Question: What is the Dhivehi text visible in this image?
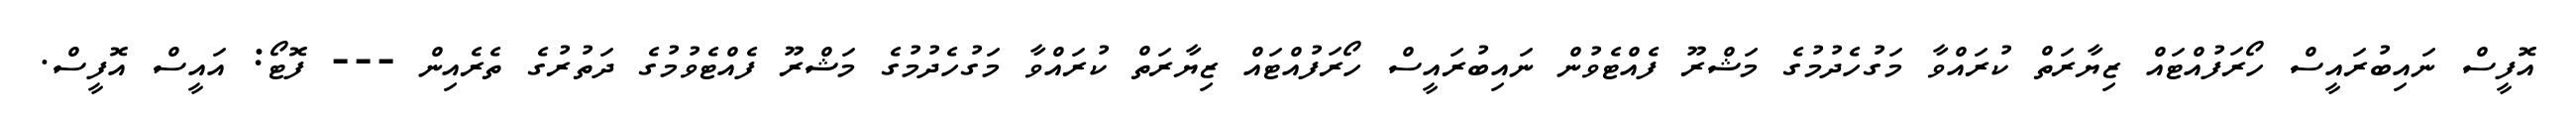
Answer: އޮފީސް ނައިބުރައީސް ހޯރަފުއްޓައް ޒިޔާރަތް ކުރައްވާ މަގުހެދުމުގެ މަޝްރޫ ފެއްޓެވުން ނައިބުރައީސް ހޯރަފުއްޓައް ޒިޔާރަތް ކުރައްވާ މަގުހެދުމުގެ މަޝްރޫ ފެއްޓެވުމުގެ ދަތުރުގެ ތެރެއިން --- ފޮޓޯ: އައީސް އޮފީސް.